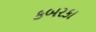
કબરકા